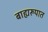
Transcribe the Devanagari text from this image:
बाह्यरूपात